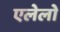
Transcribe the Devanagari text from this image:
एलेलो